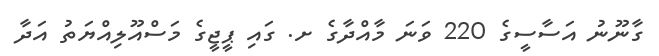
ގާނޫނު އަސާސީގެ 220 ވަނަ މާއްދާގެ ށ. ގައި ޕީޖީގެ މަސްއޫލިއްޔަތު އަދާ